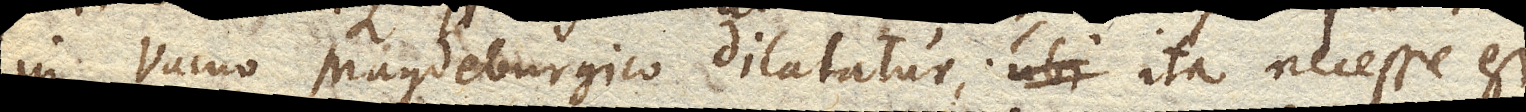
in Vacuo Magdeburgico dilatatur, ubi ita necesse est